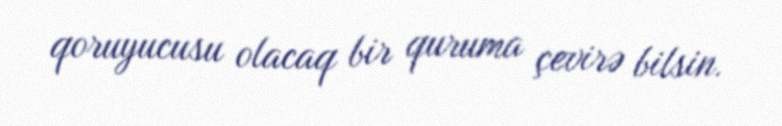
qoruyucusu olacaq bir quruma çevirə bilsin.